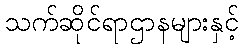
သက်ဆိုင်ရာဌာနများနှင့်